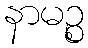
နာမဉ္စ